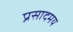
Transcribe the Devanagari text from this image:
प्रसादमय